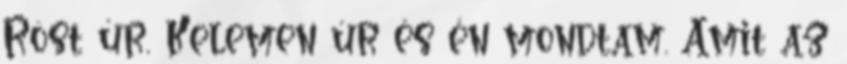
Röst úr, Kelemen úr és én mondtam. Amit az